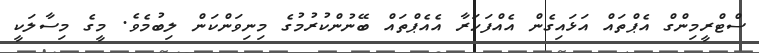
ސްޓްރީމިންގް އެޕްތައް އަޅައިގެން އެއްފަހަރާ އެއެޕްތައް ބޭނުންކުރުމުގެ މިނިވަންކަން ލިބުމެވެ. މީގެ މިސާލަކީ